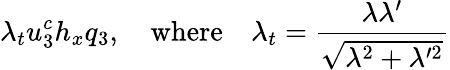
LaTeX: \lambda_{t}u_{3}^{c}h_{x}q_{3},\quad\mathrm{where}\quad\lambda_{t}=\frac{\lambda\lambda^{\prime}}{\sqrt{\lambda^{2}+\lambda^{\prime 2}}}